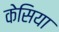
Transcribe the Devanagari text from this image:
केसिया